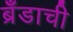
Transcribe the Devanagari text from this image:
ब्रँडाची